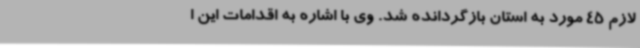
لازم 45 مورد به استان بازگردانده شد. وی با اشاره به اقدامات این ا